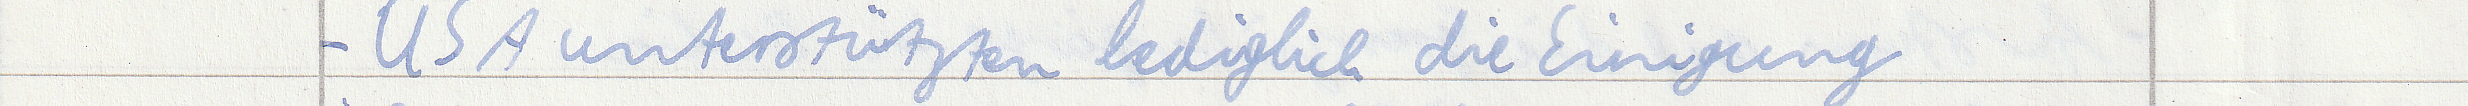
- USA unterstützen lediglich die Einigung